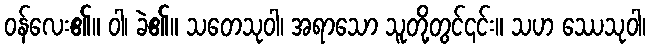
ဝန်လေး၏။ ဝါ၊ ခဲ၏။ သတေသုဝါ၊ အရာသော သူတို့တွင်၎င်း။ သဟ ဿေသုဝါ၊